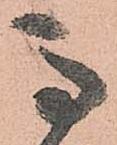
馬